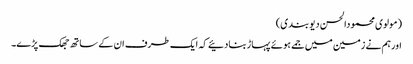
(مولوی محمودالحسن دیوبندی)
اورہم نے زمین میں جمے ہوئے پہاڑبنادئیے کہ ایک طرف ان کے ساتھ جھک پڑے۔